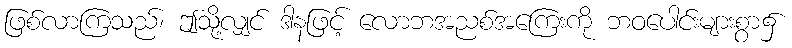
ဖြစ်လာကြသည်၊ ဤသို့လျှင် ဒါနဖြင့် လောဘအညစ်အကြေးကို ဘဝပေါင်းများစွာ၌